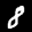
Label: 8